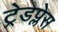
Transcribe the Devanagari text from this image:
ट्रेडप्लेस